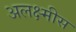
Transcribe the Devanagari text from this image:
अलक्ष्मीस